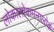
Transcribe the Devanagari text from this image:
लोकालोकमनालोकं